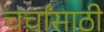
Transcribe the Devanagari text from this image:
चर्चांसाठी